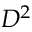
D ^ { 2 }